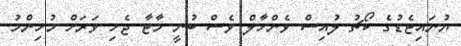
ޔުނައިޓެޑުގެ ކޯޗު ލުއިސް ވެންހާލް ވެސް ބުނީ މާޓާ ޖެހި ވަރަށް މުހިންމު